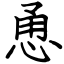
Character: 恿